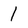
Character: 1